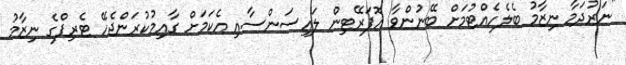
"ނަރުދަމާ ނިޒާމު ބެލެހެއްޓުމަށް ބޭނުންވާ އޮޕަރޭޓިން ލައިސަންސާއި އެކަމަށް ގާއިމުކުރަންޖެހޭ ޓެރިފްގެ ނިޒާމު